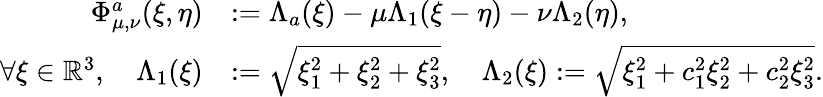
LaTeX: \begin{array}{rl}{\Phi_{\mu,\nu}^{a}(\xi,\eta)}&{:=\Lambda_{a}(\xi)-\mu\Lambda_{1}(\xi-\eta)-\nu\Lambda_{2}(\eta),}\\ {\forall\xi\in\mathbb{R}^{3},\quad\Lambda_{1}(\xi)}&{:=\sqrt{\xi_{1}^{2}+\xi_{2}^{2}+\xi_{3}^{2}},\quad\Lambda_{2}(\xi):=\sqrt{\xi_{1}^{2}+c_{1}^{2}\xi_{2}^{2}+c_{2}^{2}\xi_{3}^{2}}.}\end{array}